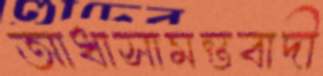
আধাসামন্তবাদী